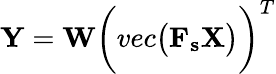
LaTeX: \begin{array}{r}{\mathbf{Y}=\mathbf{W}\bigg({vec}\big(\mathbf{F_{s}}\mathbf{X}\big)\bigg)^{T}}\end{array}